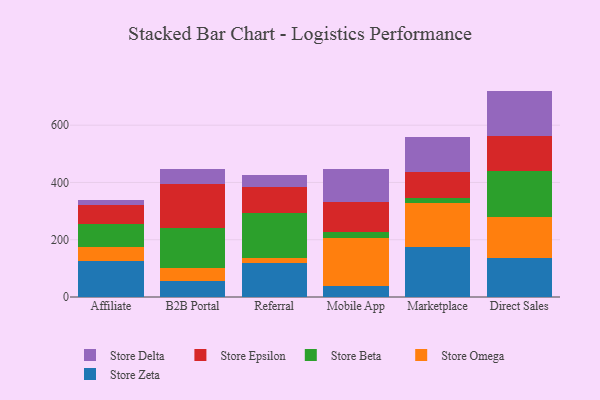
{"axis": {"x": "Channel", "y": "Conversion Rate (%)"}, "legend": ["Store Beta", "Store Delta", "Store Epsilon", "Store Omega", "Store Zeta"], "data": [{"x": "Affiliate", "y": 126.0, "type": "Store Zeta"}, {"x": "Affiliate", "y": 48.9, "type": "Store Omega"}, {"x": "Affiliate", "y": 81.4, "type": "Store Beta"}, {"x": "Affiliate", "y": 64.9, "type": "Store Epsilon"}, {"x": "Affiliate", "y": 18.2, "type": "Store Delta"}, {"x": "B2B Portal", "y": 54.9, "type": "Store Zeta"}, {"x": "B2B Portal", "y": 47.4, "type": "Store Omega"}, {"x": "B2B Portal", "y": 137.4, "type": "Store Beta"}, {"x": "B2B Portal", "y": 155.8, "type": "Store Epsilon"}, {"x": "B2B Portal", "y": 51.9, "type": "Store Delta"}, {"x": "Referral", "y": 118.8, "type": "Store Zeta"}, {"x": "Referral", "y": 18.3, "type": "Store Omega"}, {"x": "Referral", "y": 155.7, "type": "Store Beta"}, {"x": "Referral", "y": 91.8, "type": "Store Epsilon"}, {"x": "Referral", "y": 40.7, "type": "Store Delta"}, {"x": "Mobile App", "y": 38.7, "type": "Store Zeta"}, {"x": "Mobile App", "y": 168.6, "type": "Store Omega"}, {"x": "Mobile App", "y": 18.6, "type": "Store Beta"}, {"x": "Mobile App", "y": 105.0, "type": "Store Epsilon"}, {"x": "Mobile App", "y": 117.6, "type": "Store Delta"}, {"x": "Marketplace", "y": 175.4, "type": "Store Zeta"}, {"x": "Marketplace", "y": 151.2, "type": "Store Omega"}, {"x": "Marketplace", "y": 19.4, "type": "Store Beta"}, {"x": "Marketplace", "y": 89.7, "type": "Store Epsilon"}, {"x": "Marketplace", "y": 124.6, "type": "Store Delta"}, {"x": "Direct Sales", "y": 134.8, "type": "Store Zeta"}, {"x": "Direct Sales", "y": 143.5, "type": "Store Omega"}, {"x": "Direct Sales", "y": 161.4, "type": "Store Beta"}, {"x": "Direct Sales", "y": 124.2, "type": "Store Epsilon"}, {"x": "Direct Sales", "y": 156.0, "type": "Store Delta"}]}